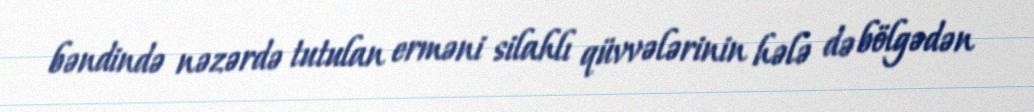
bəndində nəzərdə tutulan erməni silahlı qüvvələrinin hələ də bölgədən